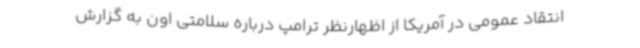
انتقاد عمومی در آمریکا از اظهارنظر ترامپ درباره سلامتی اون به گزارش